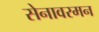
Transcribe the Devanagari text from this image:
सेनावरमन